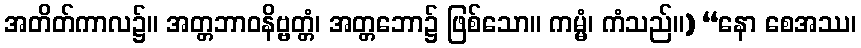
အတိတ်ကာလ၌။ အတ္တဘာဝနိဗ္ဗတ္တံ၊ အတ္တဘော၌ ဖြစ်သော။ ကမ္မံ၊ ကံသည်။) “နော စေအဿ၊